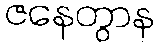
ဇနေတွာန